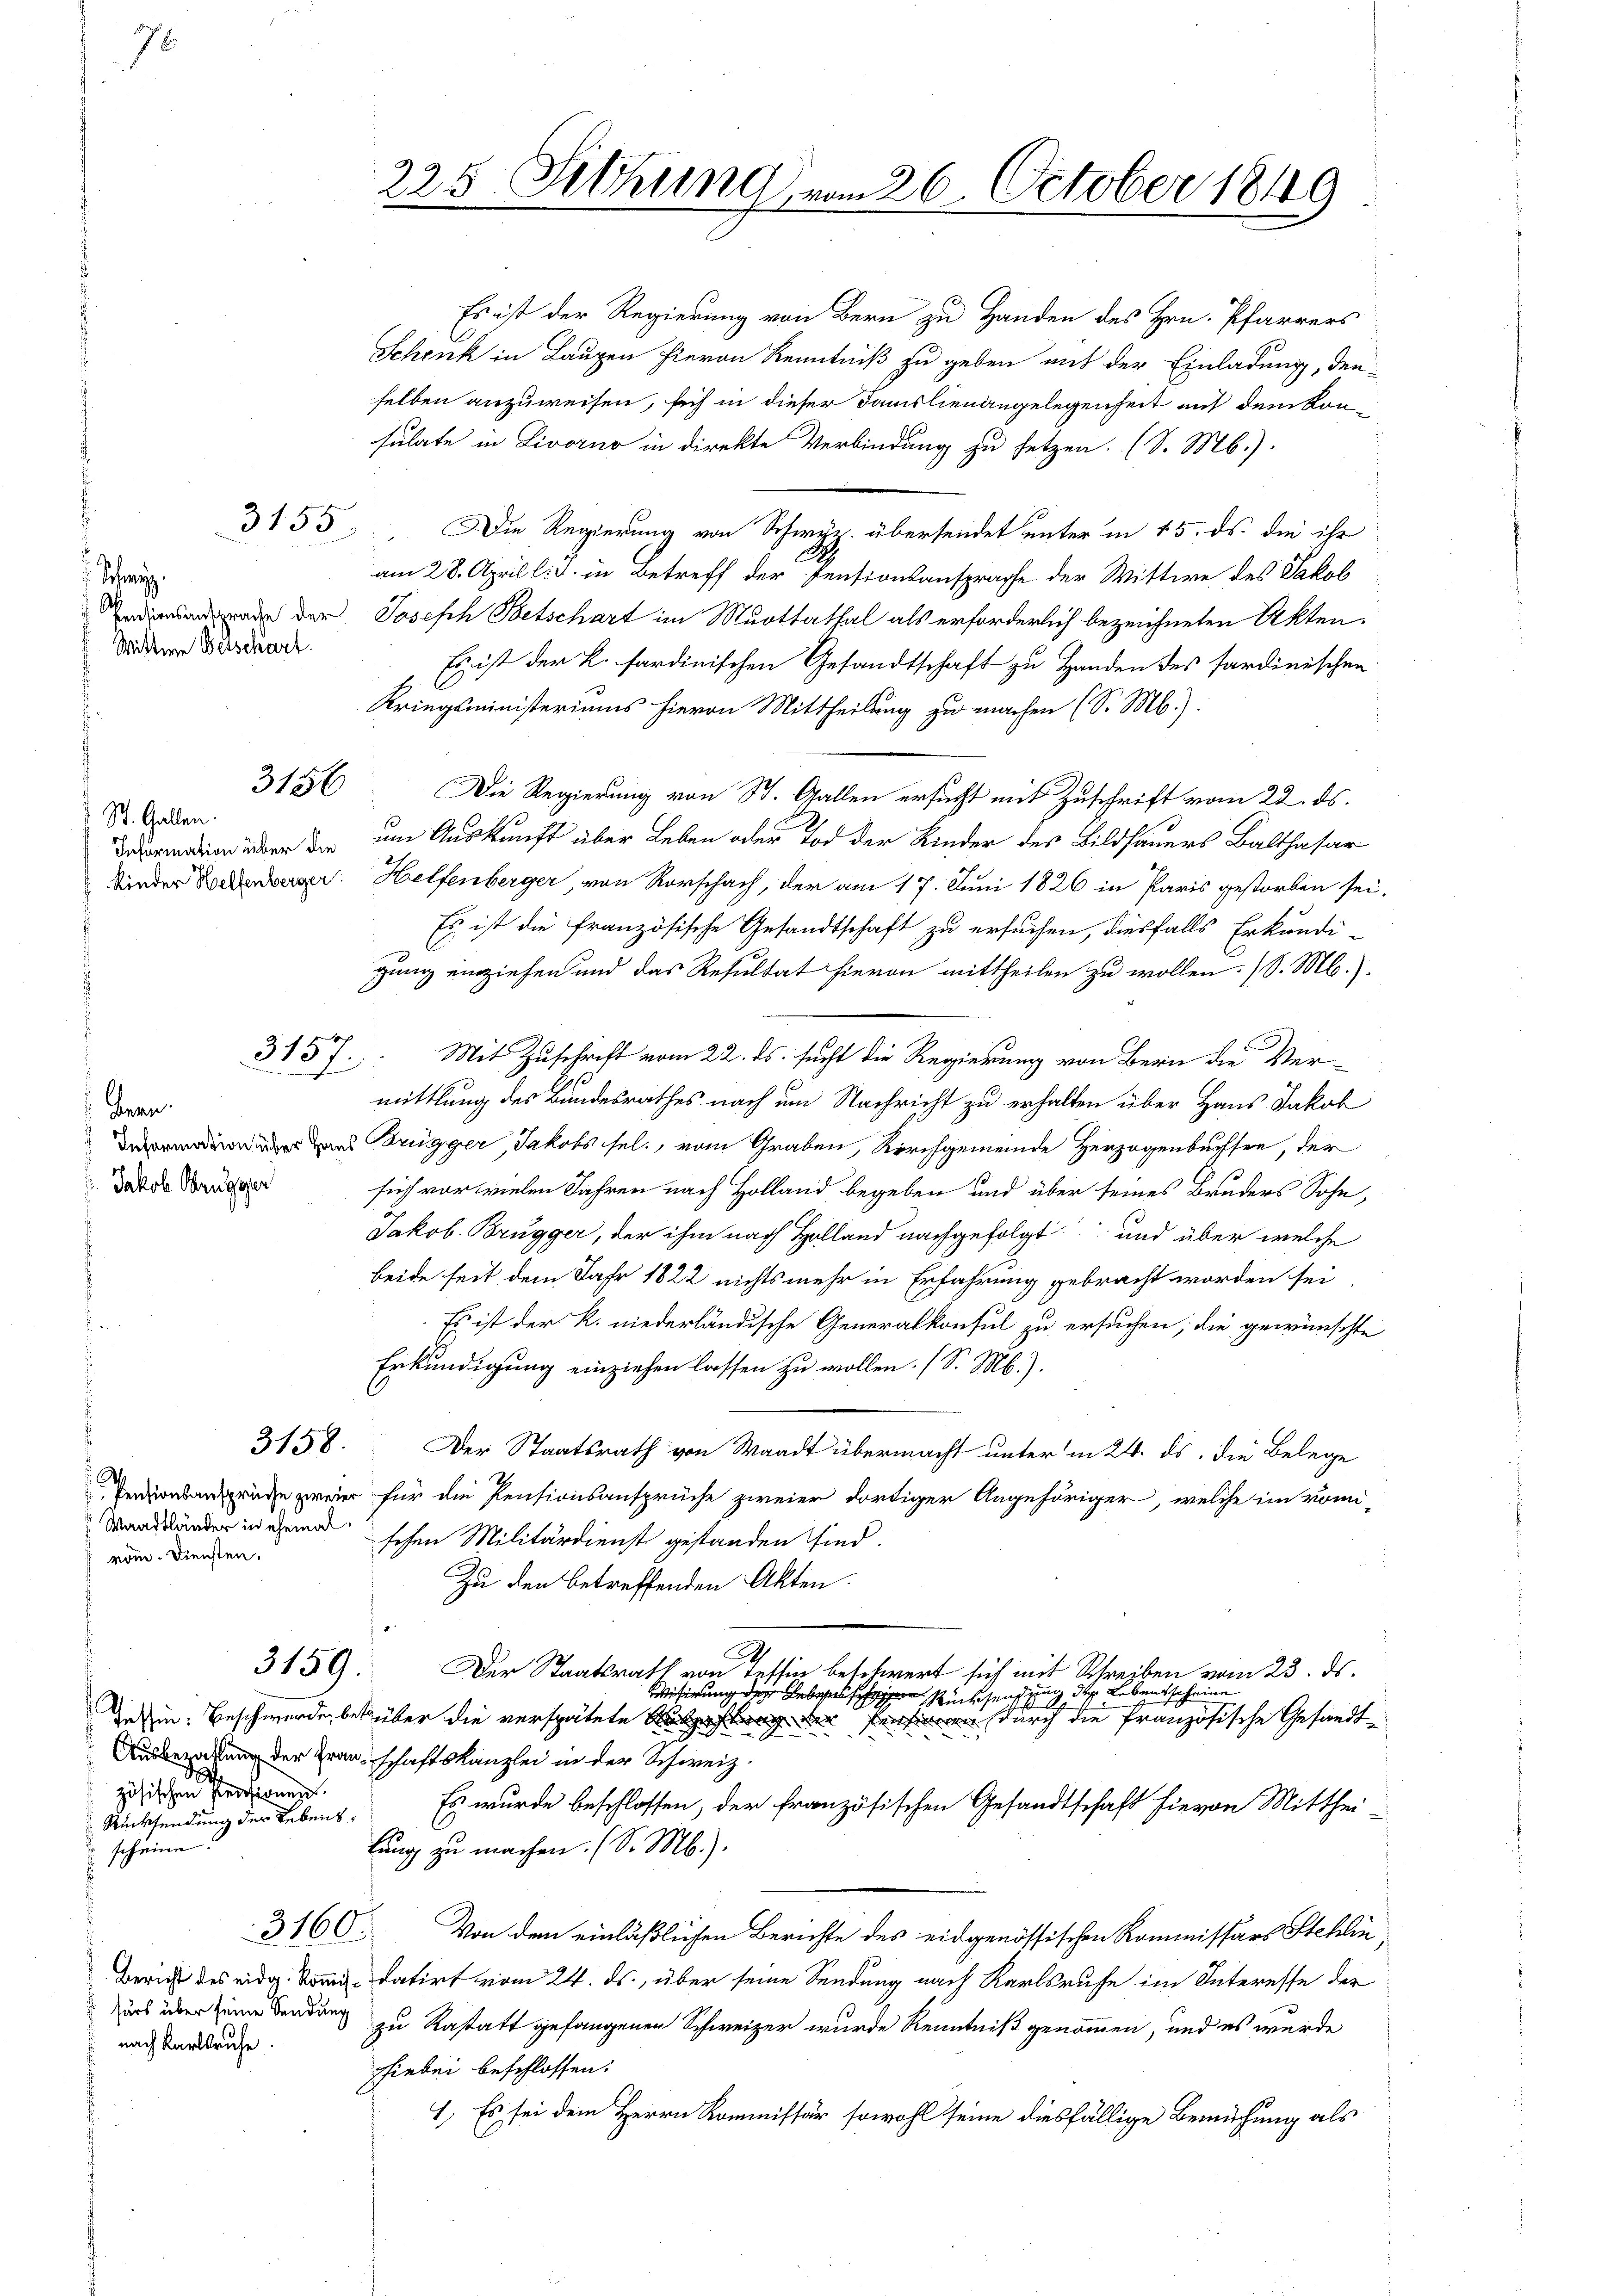
Schm
Wittwe Welschart.

Jakob Brugger

3156

St. Gallen.

3157.

Bern.

rom. Diensten.

3158.

3159:

d
zösischen Pensionen.
Rücksendung der Lebensscheine:

nach Karlsruhe

Es ist der Regierung von Bern zu Handen des Hrn. Pfarrers
Schenk in Laupen hievon Kenntniß zu geben aus der Einladung, den
selben anzuweisen, sich in dieser Familienangelegenheit mit dem konsulate in Livorno in direkte Verbindung zu setzen. (S. M.).
3155. Die Regierung von Schwyz übersendet unter in 15. ds. die ihr
am 28. April l. J. in Betreff der Pensionsansprache der Wittwe des Jakob
adierenade der Joseph Betschart im Muottathal als erforderlich bezeichneten Akten.
Es ist der K. sardinischen Gesandtschaft zu Handen des sardinischen
Kriegsministeriums hievon Mittheilung zu machen (S. Mb.):
Die Regierung von St. Gallen ersucht mit Zuschrift vom 22. ds.
 über der um Auskunft über Leben oder Tod der Kinder des Bildsauers Balthasar
Kinder anderer. Helfenberger, von Rorschach, der am 17. Juni 1826 in Paris gestorben sei.
Es ist die französische Gesandtschaft zu ersuchen, diesfalls Erkundi-
gung einziehen und das Resultat hievon mittheilen zu wollen. (S. M.).
Mit Zuschrift vom 22. ds. sucht die Regierung von Bern die Vermittlung des Bundesrathes nach um Nachricht zu erhalten über Hans Jakob
 Brugger, Jakobs sel., vom Graben, Kirchgemeinde Herzogenbussen, der
seich vor vielen Jahren nach Holland begeben und über seines Bruders Sohn,
Jakob Brugger, der ihm nach Holland nachgefolgt und über welche
beide seit dem Jahr 1822 nichts mehr in Erfahrung gebracht worden sei,
Es ist der R. niederländische Generalkonsul zu ersuchen; die gewünschte
Erkundigung einziehen lassen zu wollen. (S. M.).
Der Staatsrath von Waadt übermacht unter in 24. ds. die Belege
eier für die Pensionsansprüche zweier dortiger Angehöriger, welche im vomi-
Wandänder in Gemarschon Militärdienst gestanden sind.
Zu den betreffenden Akten.
C
Der Staatsrath von Tessin beschwert sich mit Schreiben vom 23. ds.
g. das Lebensscheine
Wisirung des Leben Rücksen
In sein. Beschwerde, betrüber die verspätete Auszahlung der Pensiren durch die französische Gesandt¬
Ausbezahlung der Transchaftskanzlei in der Schweiz.
Es wurde beschlossen, der französischen Gesandtschaft hievon Mittheilung zu machen. (S. M.).
Von dem einläßlichen Berichte des eidgenössischen Kommissärs Stehlin,
Bericht des eidg. Von datirt vom 24. ds., über seine Sendung nach Karlsruhe im Interesse der
Zurs über seine Sendung zu Rastatt gefangenen Schweizer wurde Kenntniß genommen, und es wurde
hiebei beschlossen:
1. Es sei dem Herrn Kommissär sowohl seine diesfällige Bemühung als

3160.

225. Setzung vom 26. October 1849